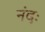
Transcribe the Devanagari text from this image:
नंदः